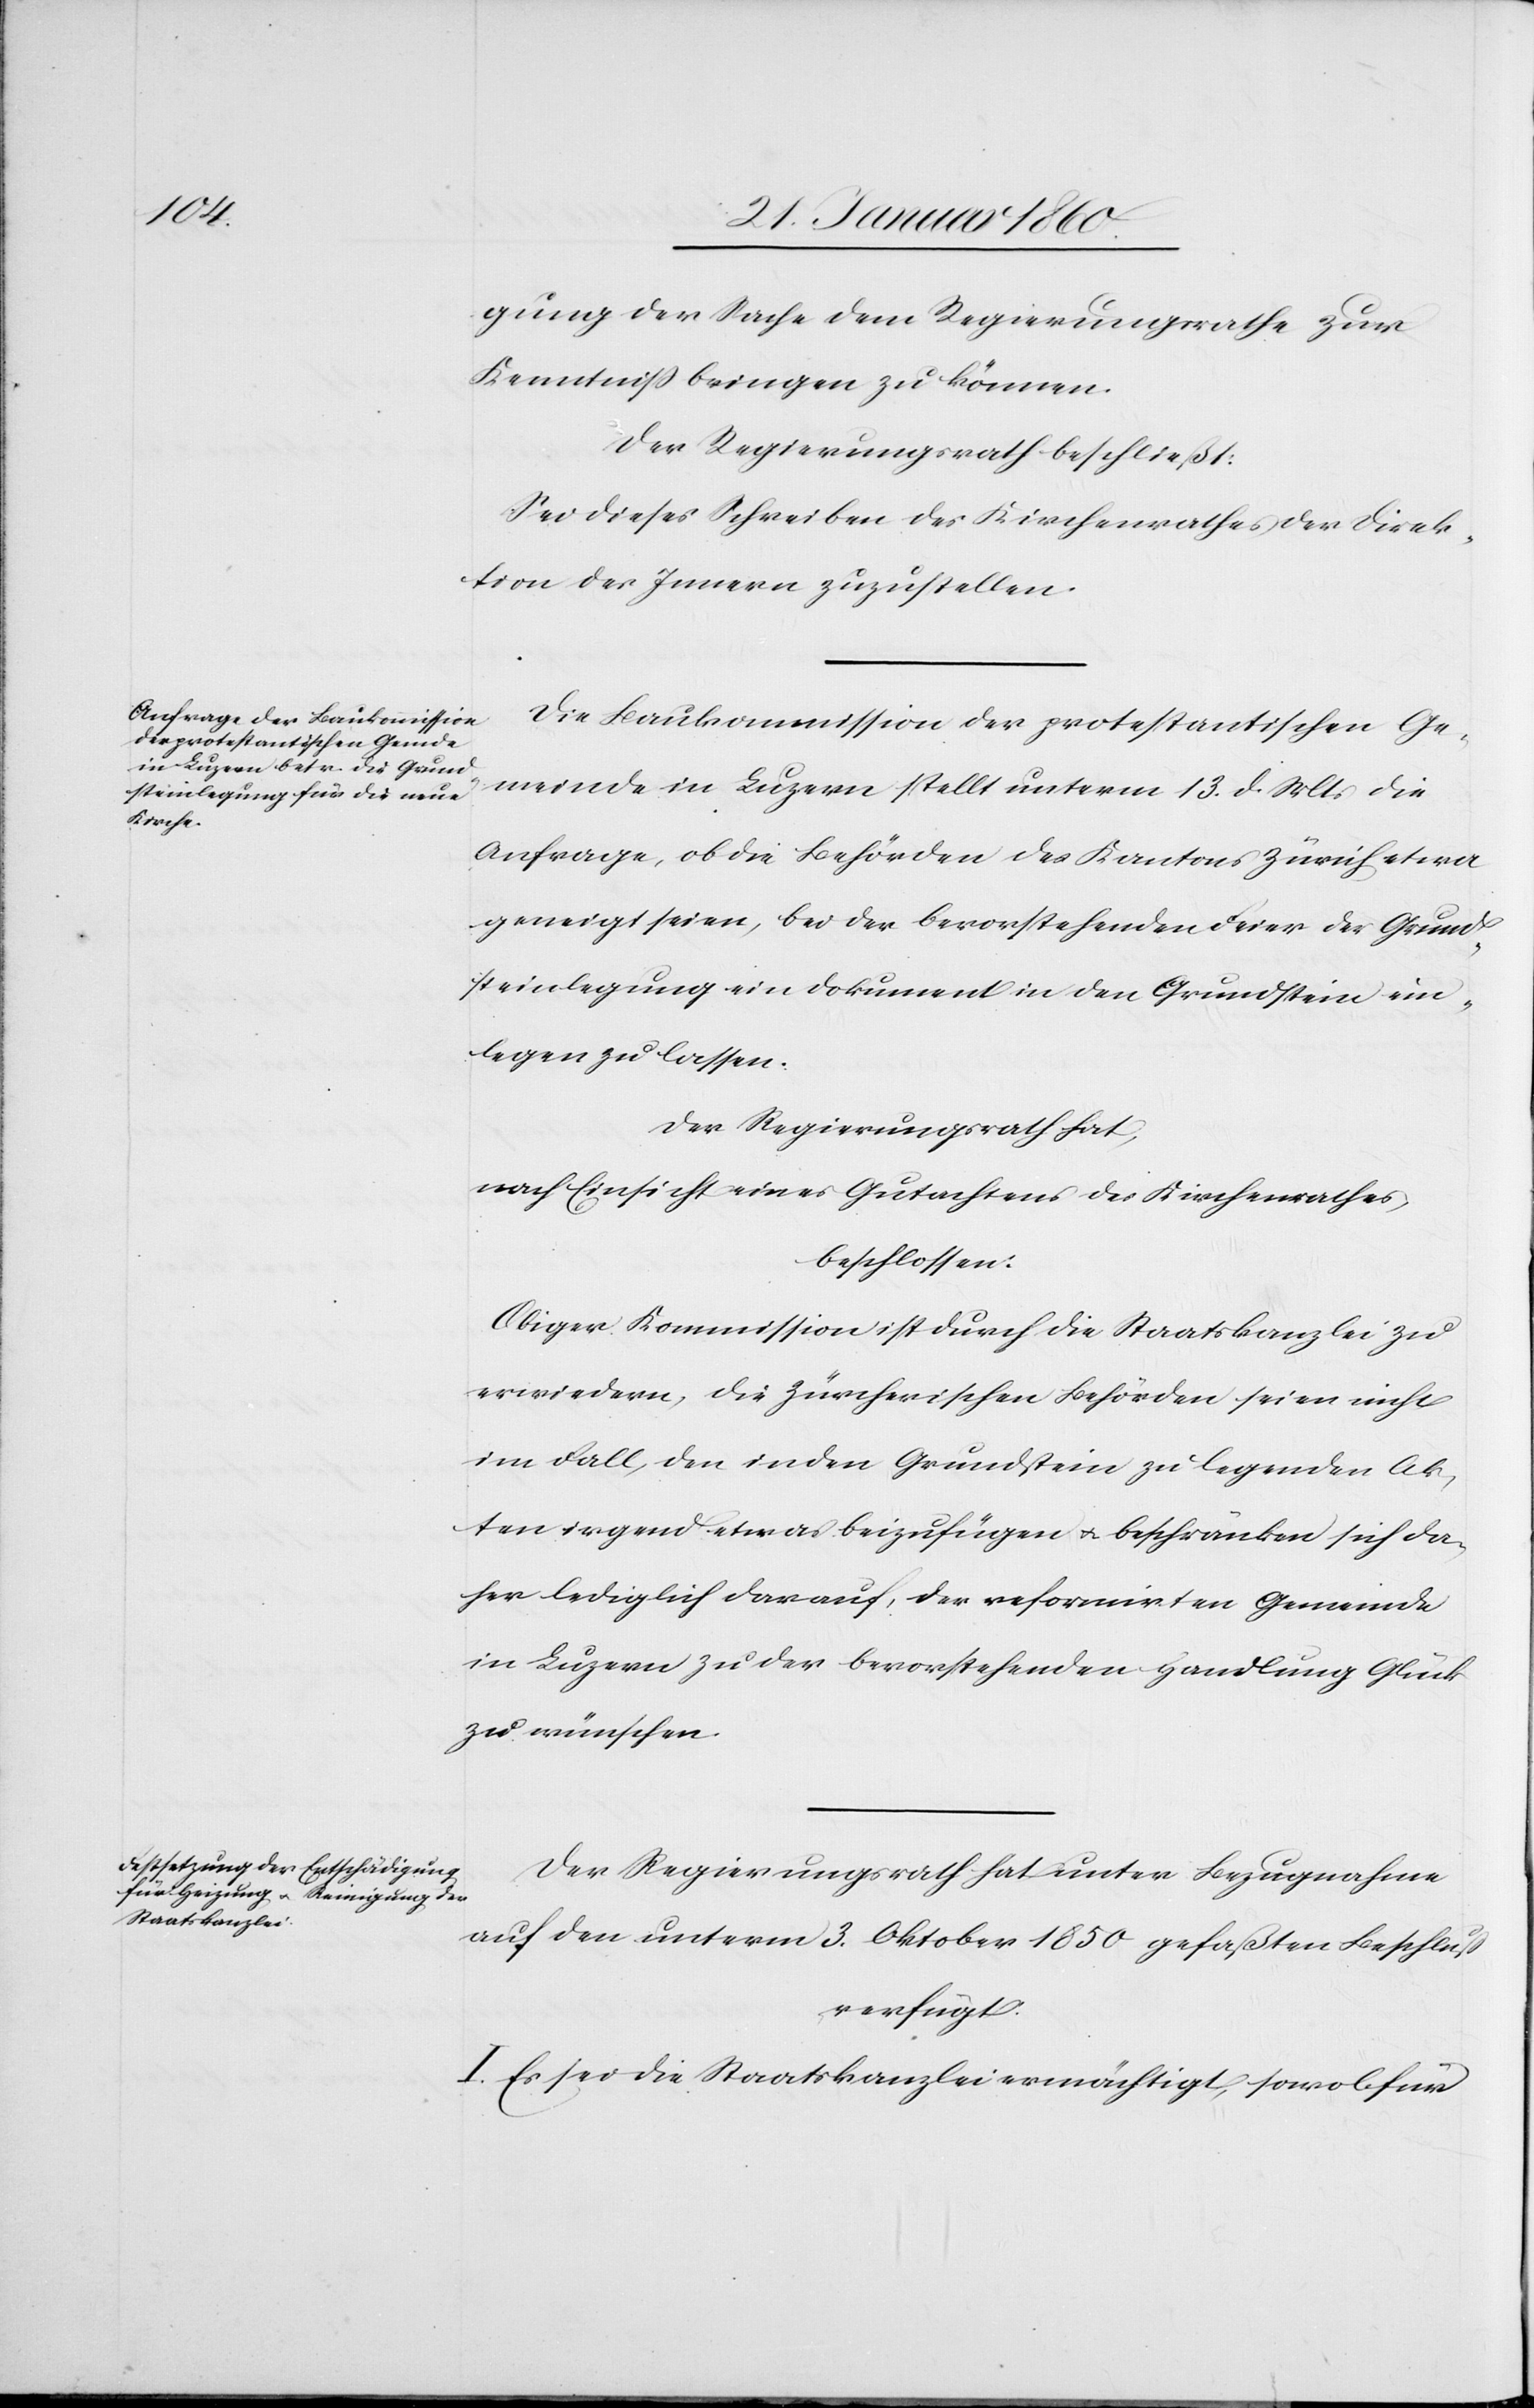
gung der Sache dem Regierungsrathe zur
Kenntniß bringen zu können.
Der Regierungsrath beschließt:
Sei dieses Schreiben des Kirchenrathes der Direk¬
tion des Innern zuzustellen.
Die Baukommission der protestantischen Ge¬
meinde in Luzern stellt unterm 13. d. Mts. die
Anfrage, ob die Behörden des Kantons Zürich etwa
geneigt seien, bei der bevorstehenden Feier der Grund¬
steinlegung ein Dokument in den Grundstein ein¬
legen zu lassen.
der Regierungsrath hat,
nach Einsicht eines Gutachtens des Kirchenrathes,
beschlossen:
Obiger Kommission ist durch die Staatskanzlei zu
erwiedern, die Zürcherischen Behörden seien nicht
im Fall, den in den Grundstein zu legenden Ak¬
ten irgend etwas beizufügen u. beschränken sich da¬
her lediglich darauf, der reformirten Gemeinde
in Luzern zu der bevorstehenden Handlung Glück
zu wünschen.
Der Regierungsrath hat unter Bezugnahme
auf den unterm 3. Oktober 1850 gefaßten Beschluß
verfügt:
I. Es sei die Staatskanzlei ermächtigt, sowol für